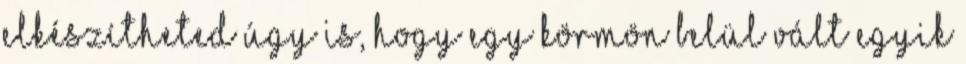
elkészítheted úgy is, hogy egy körmön belül vált egyik